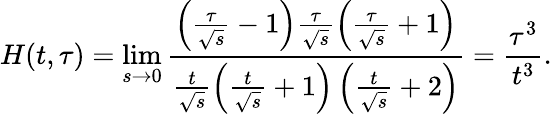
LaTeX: H(t,\tau)=\operatorname*{lim}_{s\rightarrow 0}\frac{\left(\frac{\tau}{\sqrt{s}}-1\right)\frac{\tau}{\sqrt{s}}\left(\frac{\tau}{\sqrt{s}}+1\right)}{\frac{t}{\sqrt{s}}\left(\frac{t}{\sqrt{s}}+1\right)\left(\frac{t}{\sqrt{s}}+2\right)}=\frac{\tau^{3}}{t^{3}}.